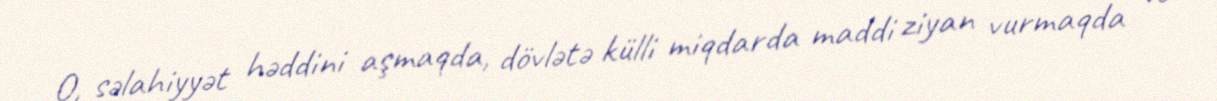
O, səlahiyyət həddini aşmaqda, dövlətə külli miqdarda maddi ziyan vurmaqda və